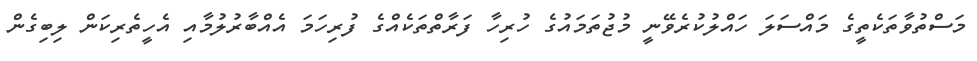
މަސްތުވާތަކެތީގެ މައްސަލަ ހައްލުކުރެވޭނީ މުޖުތަމައުގެ ހުރިހާ ފަރާތްތަކެއްގެ ފުރިހަމަ އެއްބާރުލުމާއި އެހީތެރިކަން ލިބިގެން